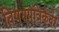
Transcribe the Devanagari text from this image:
विषयपत्रिकेवर